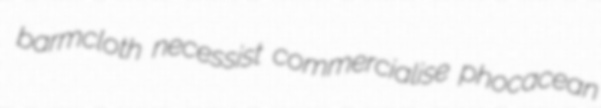
barmcloth necessist commercialise phocacean